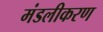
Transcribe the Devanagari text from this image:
मंडलीकरण